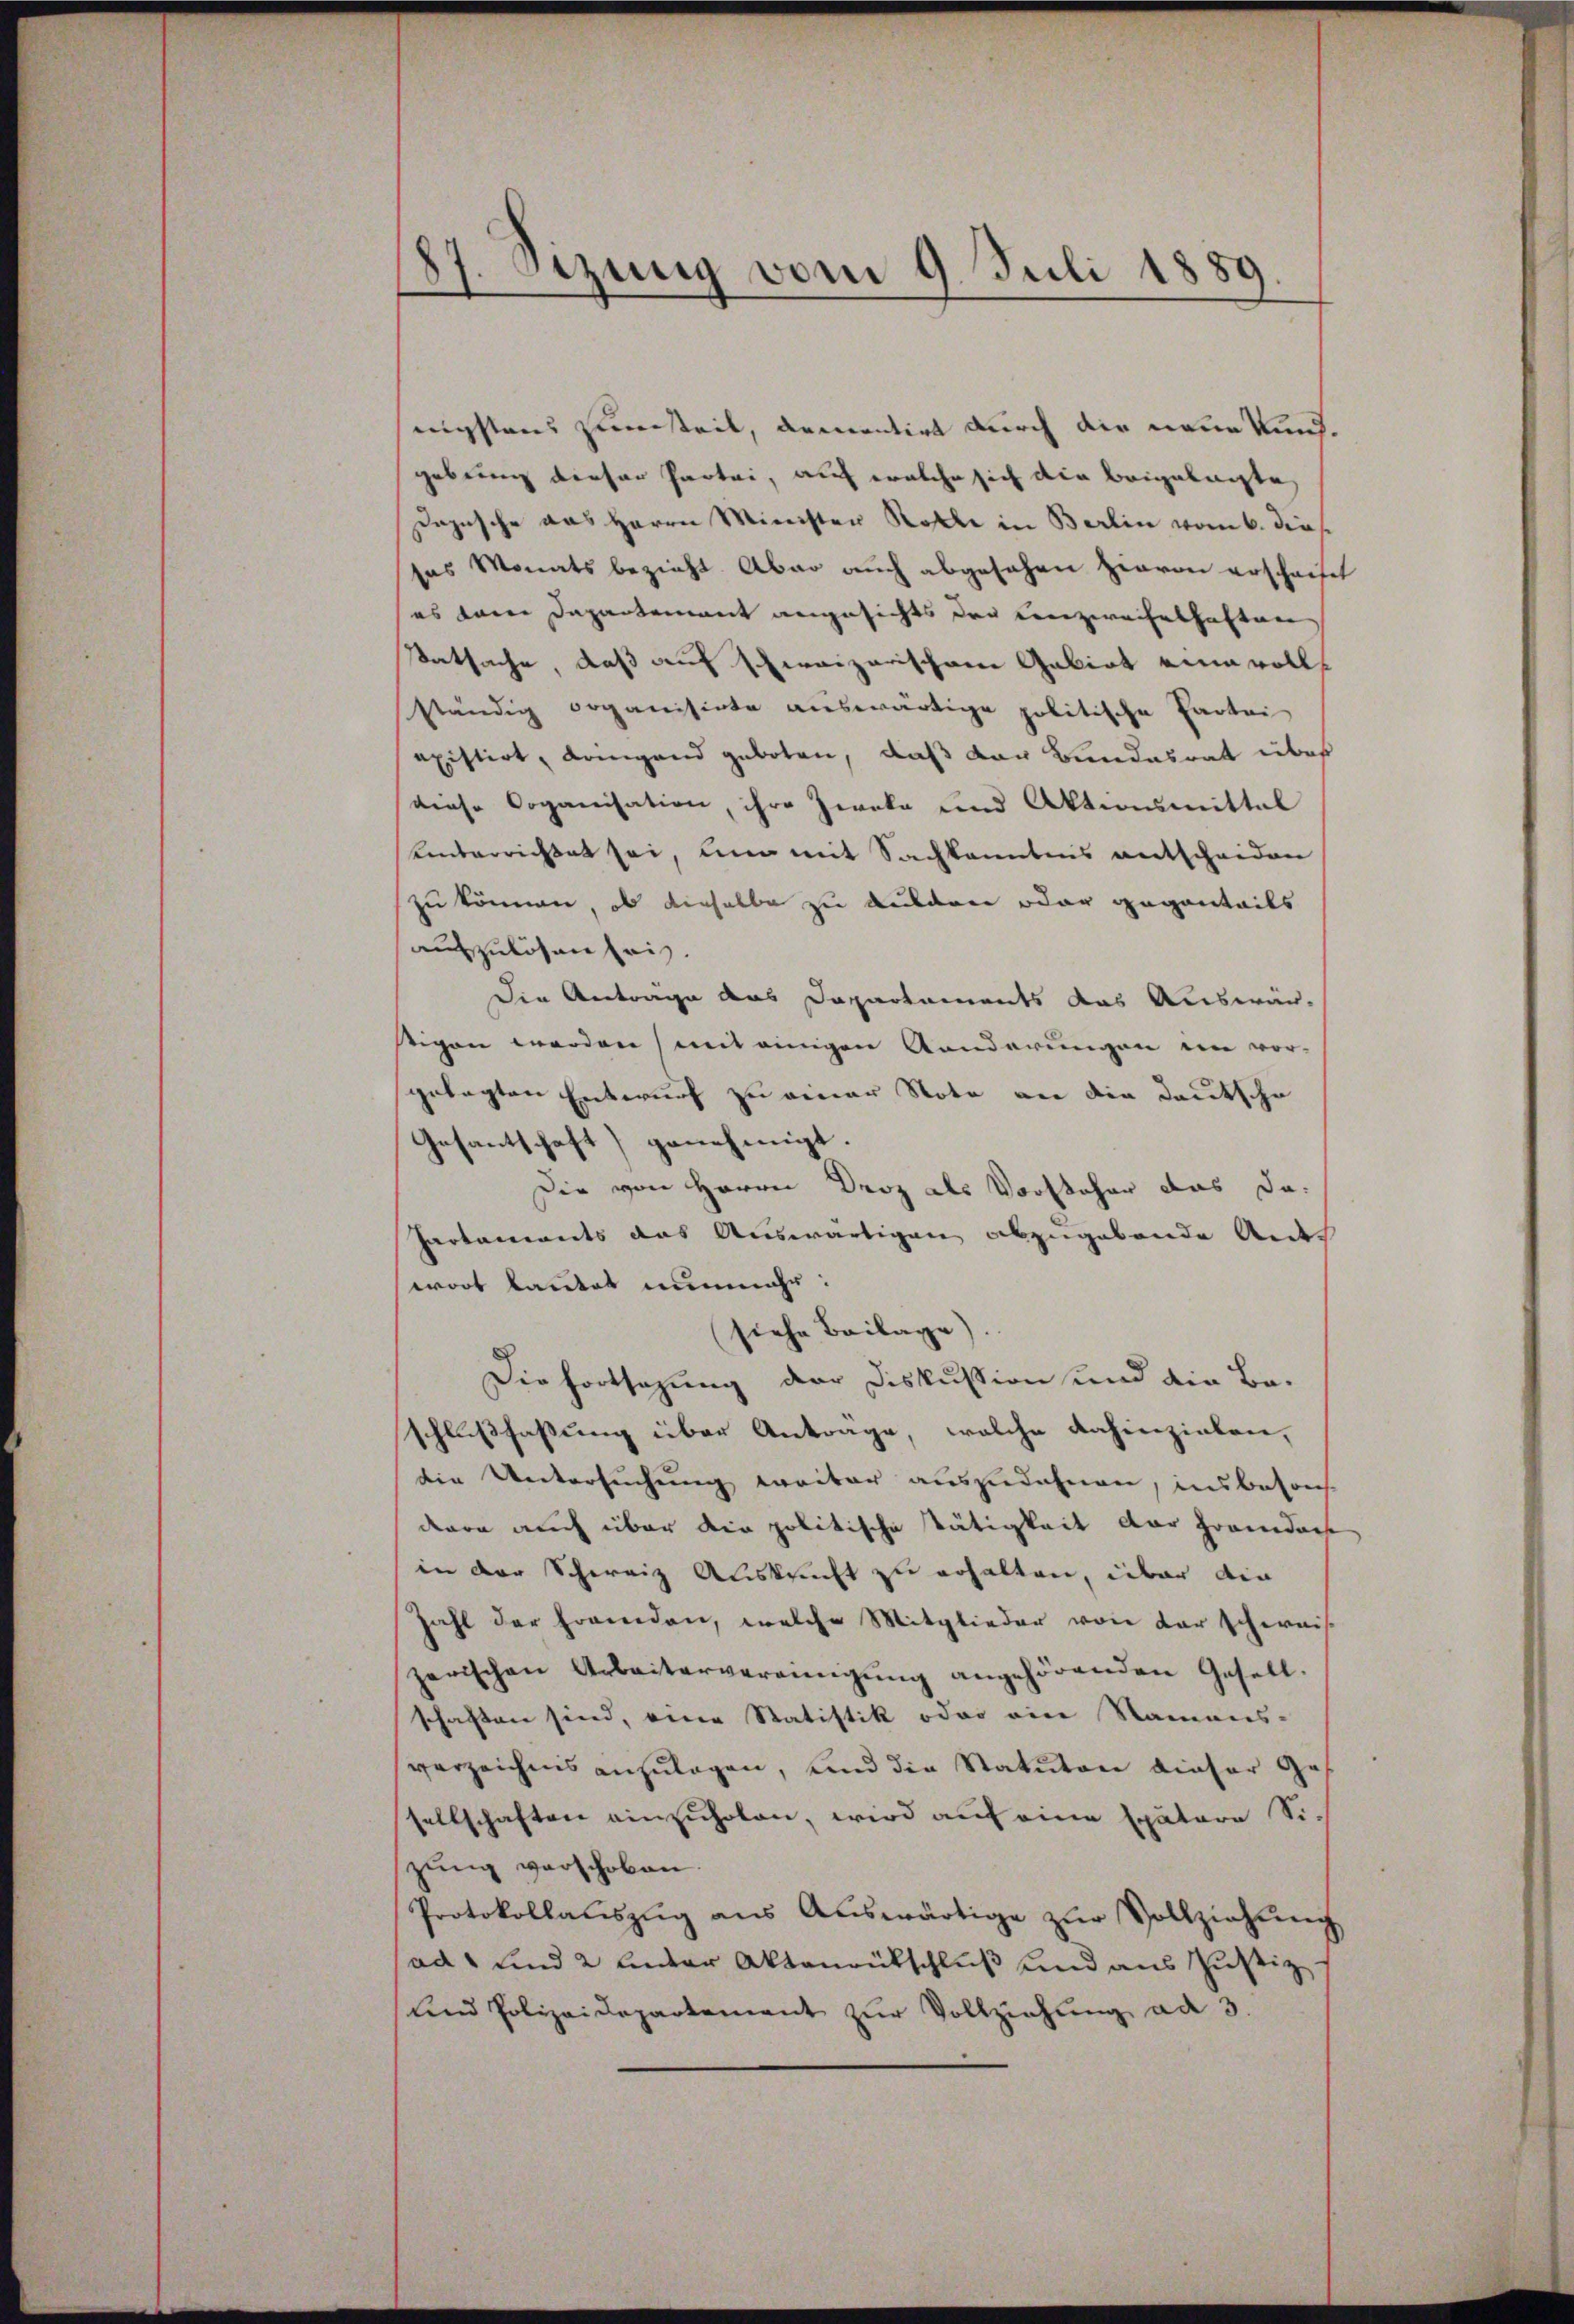
87. Sezung vom 9. Juli 1889.

nigstens zuersteil, dementirt durch die neue Kundgebung dieser Partei, auf welche sich die beigelagte,
Dapusche das Herrn Minister Rolle in Berlin vom 6. dies
es Monats bezieht. Aber auch abgesehen hievon erschrift
es vom Departement angesichts der Kunzweifelhaften
Tatsache, daß auf schweizerischen Gebiet eine volls
ständig organisirte auswärtige politische Partei
axistirt, dringend geboten, daß der Bundesrat über
diese Organisation, ihre Zweke und Aktionsmittel
Unterrichtet sei, ein mit Sachkenntnis entscheiden
zu können, ob dieselbe zu dulden oder gegenteils
auszulösen sei.
Die Anträge aus Departements das Auswärstigen werden (mit einigen Kanderungen ein vor-
gelegten Entwurf zu einer Note an die deutsche
Gesantschaft) genehmigt.
Die von Herrn Droz als Vorsteher das da¬
Parlamments das Auswärtigen abzugebende Ander
wort lautet nunmehr:
siehe Beilage).
Die fortsazung der Diskussion und die Be-
schlußfassung über Antrage, welche dahinzielen,
die Untersuchung weiter auszudehnen, insbesond
dern auch über die politische Tätigkeit der Grandars
in der Schweiz Auskunft zu erhalten, über die
Zahl der fremden, welche Mitglieder von der schweis
zerischen Arbeitervereinigŭng angehörenden Gesell-
schaften sind, eine Statistik oder eine Namens-
verzeichnis anzulagen, und die Statuten dieser Gesellschaften einzuholen, wird auf eine spätere Sizŭng verschoben.
Protokollaŭszŭg aŭs Aŭswärtige zŭr Vollziehŭng
ad, und 2 unter Aktenrütschluß und aus Justiz.
und Polizeidepartement zŭr Vollziehŭng ad 3.